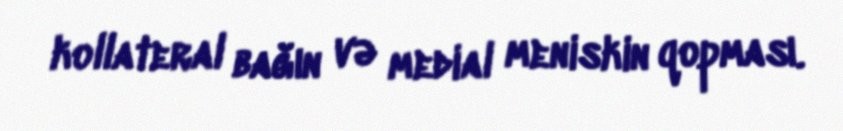
kollateral bağın və medial meniskin qopması.